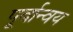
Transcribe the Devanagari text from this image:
पूर्वान्वय